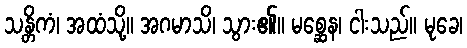
သန္တိကံ၊ အထံသို့။ အဂမာသိ၊ သွား၏။ မစ္ဆေန၊ ငါးသည်။ မုခေ၊